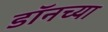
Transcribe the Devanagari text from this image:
डॉनच्या